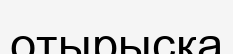
отырысқа